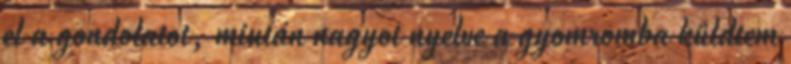
el a gondolatot, miután nagyot nyelve a gyomromba küldtem